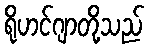
ရိုဟင်ဂျာတို့သည်